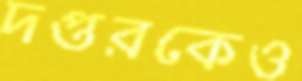
দপ্তরকেও